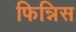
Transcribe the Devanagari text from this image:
फिन्निस